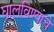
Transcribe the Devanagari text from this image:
घालविण्याचे